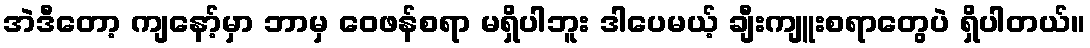
အဲဒီတော့ ကျနော့်မှာ ဘာမှ ဝေဖန်စရာ မရှိပါဘူး ဒါပေမယ့် ချီးကျူးစရာတွေပဲ ရှိပါတယ်။